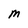
Character: M